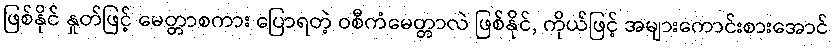
ဖြစ်နိုင် နှုတ်ဖြင့် မေတ္တာစကား ပြောရတဲ့ ဝစီကံမေတ္တာလဲ ဖြစ်နိုင်, ကိုယ်ဖြင့် အများကောင်းစားအောင်